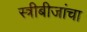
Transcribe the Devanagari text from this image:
स्त्रीबीजांचा